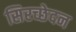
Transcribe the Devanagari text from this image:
सिरच्छेदन